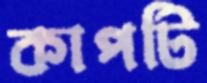
কাপটি